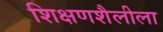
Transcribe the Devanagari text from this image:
शिक्षणशैलीला